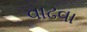
વાઢવા